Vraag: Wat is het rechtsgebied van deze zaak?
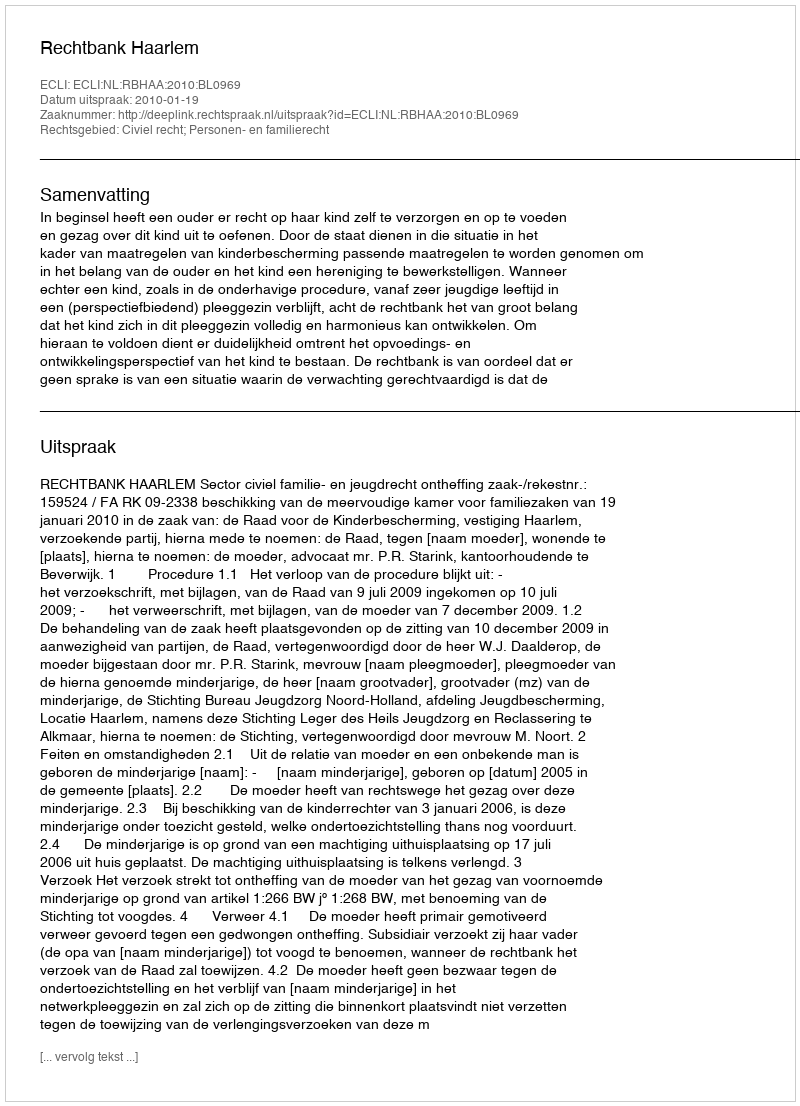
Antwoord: Civiel recht; Personen- en familierecht